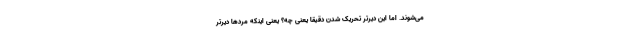
می‌شوند. اما این دیرتر تحریک شدن دقیقا یعنی چه؟ یعنی اینکه مردها دیرتر